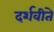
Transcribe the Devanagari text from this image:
दर्शवीते